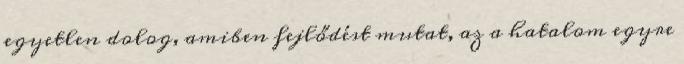
egyetlen dolog, amiben fejlődést mutat, az a hatalom egyre